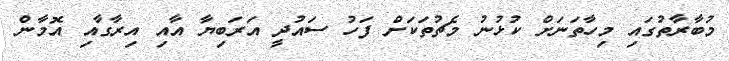
މުބާރާތުގައި މިހާތަނަށް ކުޅުނު މެޗުތަކަށް ފަހު ސައުދީ އަރަބިޔާ އާއި އިރާގާއި އޮމާން